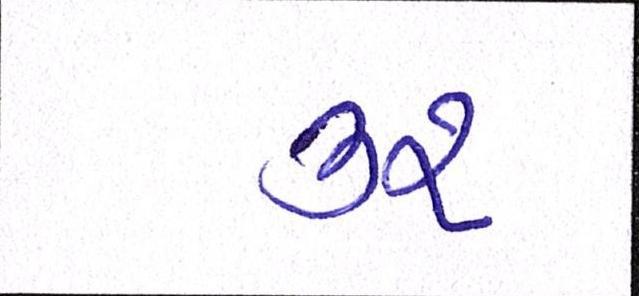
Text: ૩૨